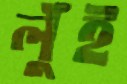
লুঁই